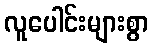
လူပေါင်းများစွာ